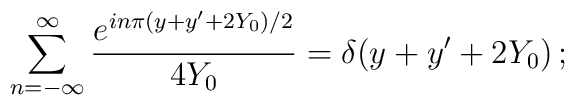
\sum^{\infty}_{n = - \infty} { e^{in\pi ( y + y' + 2 Y_0)/2}\over 4Y_0} =\delta( y + y' + 2 Y_0 )\,;